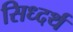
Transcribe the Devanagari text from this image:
सिध्दर्थ